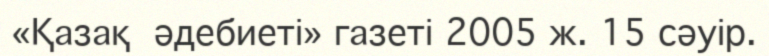
«Қазақ  әдебиеті» газеті 2005 ж. 15 сәуір.